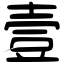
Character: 壹